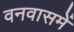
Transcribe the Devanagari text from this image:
वनवासमें